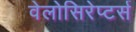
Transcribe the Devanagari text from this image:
वेलोसिरेप्टर्स